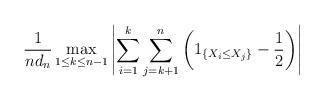
LaTeX: \begin{align*}\frac{1}{n d_n}\max\limits_{1\leq k\leq n-1}\left|\sum\limits_{i=1}^k\sum\limits_{j=k+1}^n\left(1_{\left\{X_i\leq X_j\right\}}-\frac{1}{2}\right)\right|\end{align*}